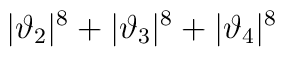
|\vartheta_2|^8 + |\vartheta_3|^8 +|\vartheta_4|^8